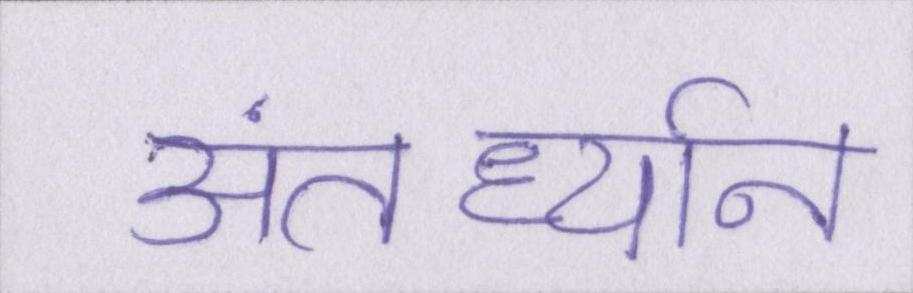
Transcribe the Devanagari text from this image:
अंतर्ध्यान